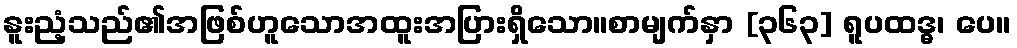
နူးညံ့သည်၏အဖြစ်ဟူသောအထူးအပြားရှိသော။စာမျက်နှာ [၃၆၃] ရူပထဒ္ဓ၊ ပေ။